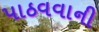
પાઠવવાની